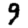
Digit: 9